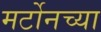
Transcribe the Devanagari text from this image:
मर्टोनच्या